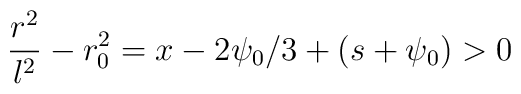
\frac{r^2}{l^2} - r_0^2 =x-2\psi_0 /3+(s+\psi_0) >0